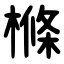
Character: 樤